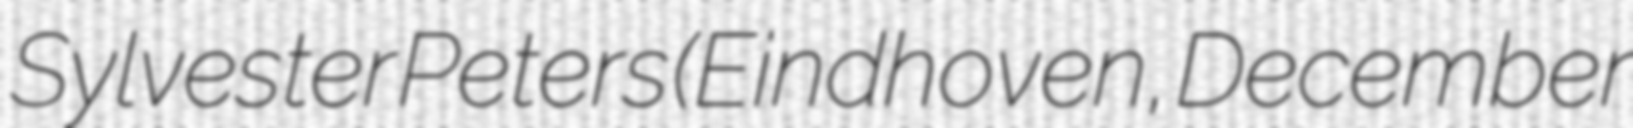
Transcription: Sylvester Peters (Eindhoven, December